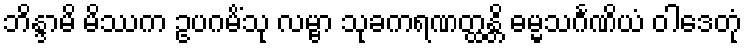
ဘိန္ဒာမိ မိဿက ဥပဂမိံသု လမ္ဗာ သုခကရဏတ္ထန္တိ ဓမ္မသင်္ဂဏိယံ ဝါဒေတုံ